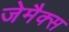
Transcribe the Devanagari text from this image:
जेमैक्स